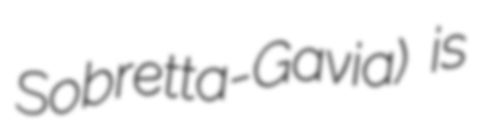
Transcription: Sobretta-Gavia) is